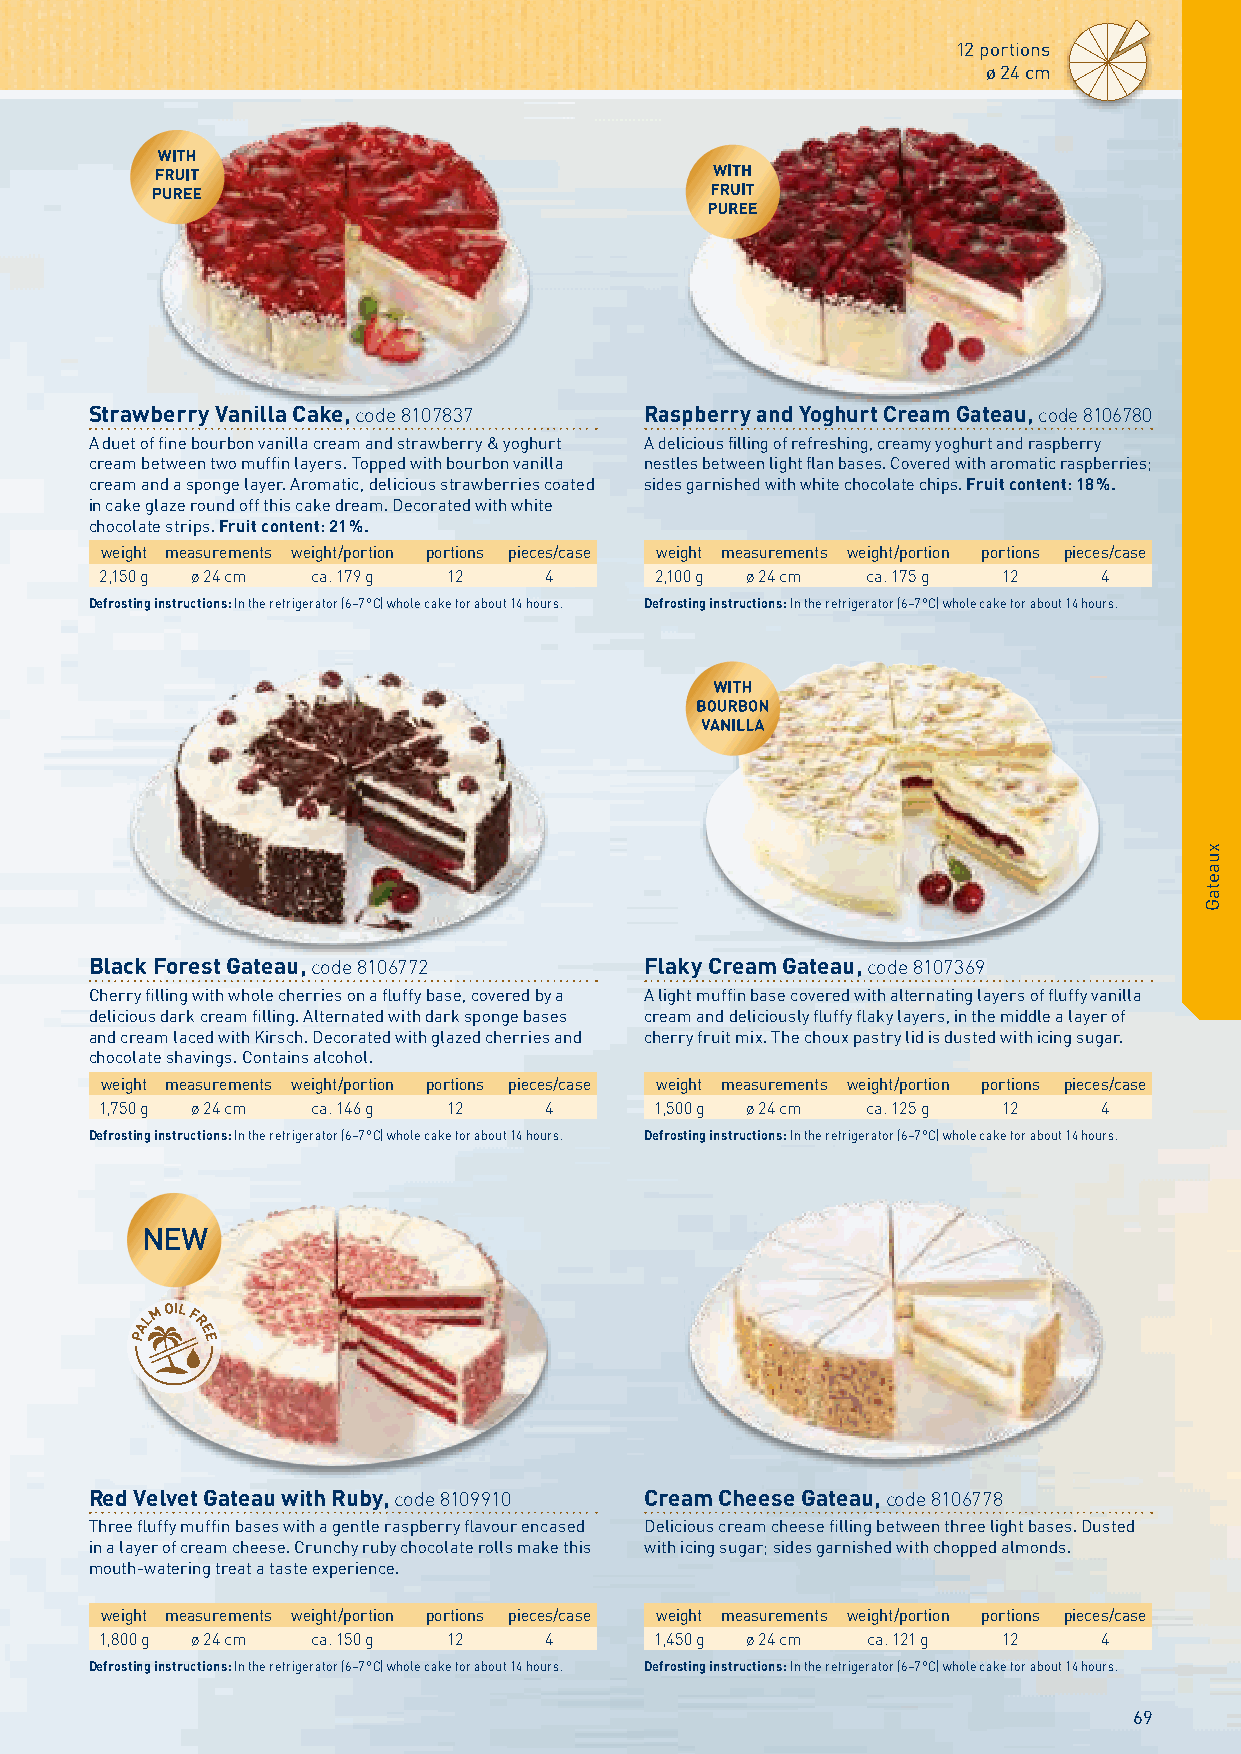
12 portions
 ø 24 cm
 Strawberry Vanilla Cake, code 8107837 Raspberry and Yoghurt Cream Gateau, code 8106780
 A duet of fine bourbon vanilla cream and strawberry & yoghurt A delicious filling of refreshing, creamy yoghurt and raspberry
 cream between two muffin layers. Topped with bourbon vanilla nestles between light flan bases. Covered with aromatic raspberries;
 cream and a sponge layer. Aromatic, delicious strawberries coated sides garnished with white chocolate chips. Fruit content: 18 %.
 in cake glaze round off this cake dream. Decorated with white
 chocolate strips. Fruit content: 21 %.
 weight measurements weight/portion portions pieces/case weight measurements weight/portion portions pieces/case
 2,150 g ø 24 cm ca. 179 g 12 4      2,100 g ø 24 cm ca. 175 g 12  4
 Defrosting instructions: In the refrigerator (6–7 °C) whole cake for about 14 hours. Defrosting instructions: In the refrigerator (6–7 °C) whole cake for about 14 hours.
 Black Forest Gateau, code 8106772    Flaky Cream Gateau, code 8107369
 Cherry filling with whole cherries on a fluffy base, covered by a A light muffin base covered with alternating layers of fluffy vanilla
 delicious dark cream filling. Alternated with dark sponge bases cream and deliciously fluffy flaky layers, in the middle a layer of
 and cream laced with Kirsch. Decorated with glazed cherries and cherry fruit mix. The choux pastry lid is dusted with icing sugar.
 chocolate shavings. Contains alcohol.
 weight measurements weight/portion portions pieces/case weight measurements weight/portion portions pieces/case
 1,750 g ø 24 cm ca. 146 g 12 4      1,500 g ø 24 cm ca. 125 g 12  4
 Defrosting instructions: In the refrigerator (6–7 °C) whole cake for about 14 hours. Defrosting instructions: In the refrigerator (6–7 °C) whole cake for about 14 hours.
 NEW
 Red Velvet Gateau with Ruby, code 8109910 Cream Cheese Gateau, code 8106778
 Three fluffy muffin bases with a gentle raspberry flavour encased Delicious cream cheese filling between three light bases. Dusted
 in a layer of cream cheese. Crunchy ruby chocolate rolls make this with icing sugar; sides garnished with chopped almonds.
 mouth-watering treat a taste experience.
 weight measurements weight/portion portions pieces/case weight measurements weight/portion portions pieces/case
 1,800 g ø 24 cm ca. 150 g 12 4      1,450 g ø 24 cm ca. 121 g 12  4
 Defrosting instructions: In the refrigerator (6–7 °C) whole cake for about 14 hours. Defrosting instructions: In the refrigerator (6–7 °C) whole cake for about 14 hours.
 69
 xuaetaG